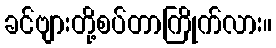
ခင်ဗျားတို့စပ်တာကြိုက်လား။